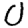
Digit: 0